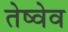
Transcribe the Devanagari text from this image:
तेष्वेव